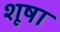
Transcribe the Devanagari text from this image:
शूषा